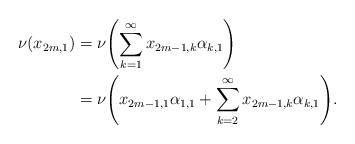
LaTeX: \begin{align*}\nu(x_{2m,1}) &=\nu{\left(\sum_{k=1}^\infty x_{2m-1,k}\alpha_{k,1}\right)}\\ &=\nu{\left(x_{2m-1,1}\alpha_{1,1}+\sum_{k=2}^\infty x_{2m-1,k}\alpha_{k,1}\right)}.\end{align*}